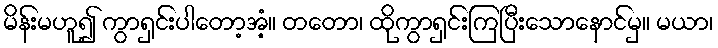
မိန်းမဟူ၍ ကွာရှင်းပါတော့အံ့။ တတော၊ ထိုကွာရှင်းကြပြီးသောနောင်မှ။ မယာ၊